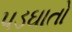
પડઘાતો